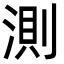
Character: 測